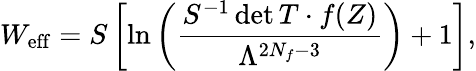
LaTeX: W_{\mathrm{eff}}=S\left[\ln\left(\frac{S^{-1}\operatorname*{det}T\cdot f(Z)}{\Lambda^{2N_{f}-3}}\right)+1\right],